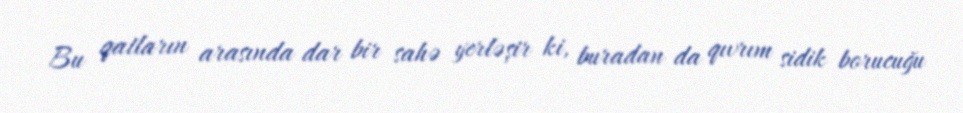
Bu qatların arasında dar bir sahə yerləşir ki, buradan da qıvrım sidik borucuğu